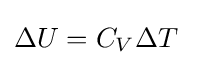
\Delta U=C_{V}\Delta T\;